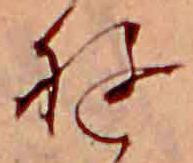
ゆ